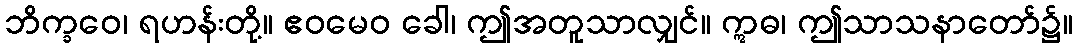
ဘိက္ခဝေ၊ ရဟန်းတို့။ ဧဝမေဝ ခေါ၊ ဤအတူသာလျှင်။ ဣဓ၊ ဤသာသနာတော်၌။